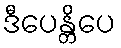
ဒီပေန္တိပေ